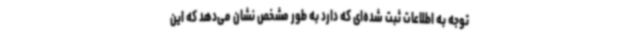
توجه به اطلاعات ثبت شده‌ای که دارد به طور مشخص نشان می‌دهد که این